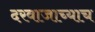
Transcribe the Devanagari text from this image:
दरवाजाच्याच